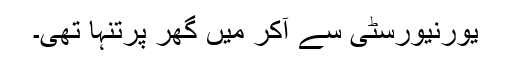
یورنیورسٹی سے آکر میں گھر پرتنہا تھی۔